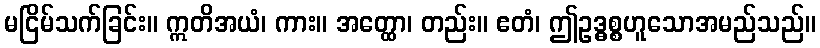
မငြိမ်သက်ခြင်း။ ဣတိအယံ၊ ကား။ အတ္ထော၊ တည်း။ ဧတံ၊ ဤဥဒ္ဓစ္စဟူသောအမည်သည်။